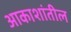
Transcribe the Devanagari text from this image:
आकाशांतील